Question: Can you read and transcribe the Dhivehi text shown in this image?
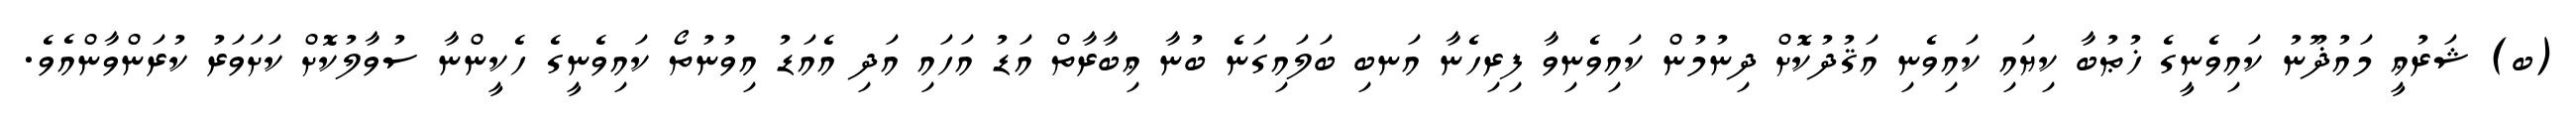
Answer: (ބ) ޝަރުޢީ މައުޛޫނު ކައިވެނީގެ ޚުޠުބާ ކިޔައި ކައިވެނި އަޤުދުކޮށް ދިނުމުން ކައިވެނިވާ ފިރިހެނާ އަނބި ބަލައިގަނެ ބުނާ ޢިބާރާތް އަޑު އަހައި އަދި އެއަޑު އިވުނުތޯ ކައިވެނީގެ ހެކީންނާ ސުވާލުކޮށް ކަށަވަރު ކުރަންވާންއެވެ.